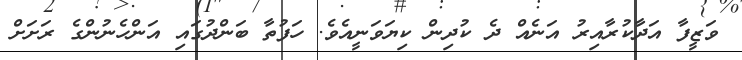
ވަޒީފާ އަދާކުރާއިރު އަނެއް ދެ ކުދިން ކިޔަވަނީއެވެ. ހަފުތާ ބަންދުގައި އަންހެނުންގެ ރަށަށް